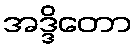
အဒ္ဒိတော